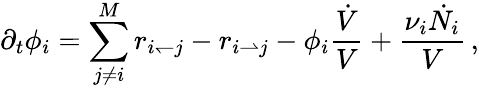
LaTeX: \partial_{t}\phi_{i}=\sum_{j\neq i}^{M}r_{i\leftharpoondown j}-r_{i\rightharpoonup j}-\phi_{i}\frac{\dot{V}}{V}+\frac{\nu_{i}\dot{N_{i}}}{V}\, ,